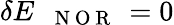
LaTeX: \delta E_{\mathrm{~\texttt~{~N~O~R~}~}}=0